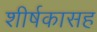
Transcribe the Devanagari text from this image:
शीर्षकासह